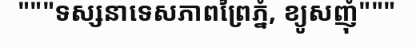
"""ទស្សនាទេសភាពព្រៃភ្នំ, ខ្យូសញុំ"""